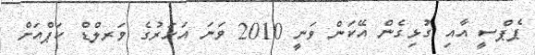
ޕެޕްސީ އާއި ގުޅިގެން އޭކަން ވަނީ 2010 ވަނަ އަހަރުގެ ވަރލްޑް ކަޕްއަށް